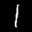
Label: 1